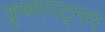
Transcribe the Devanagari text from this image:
कृष्णपट्नम